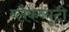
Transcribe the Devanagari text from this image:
ब्लैकब्यूटी